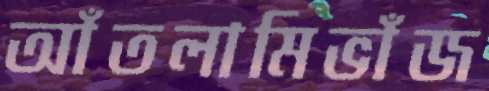
আঁতলামিভাঁজ